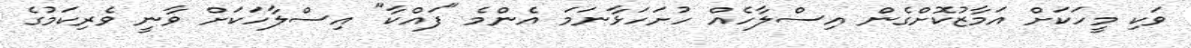
ވަކި މީހަކަށް އަމާޒުކޮށްގެން އިސްލާހެއް ހުށަހަޅާނަމަ އެންމެ "ފައްކާ" އިސްލާހަކަށް ވާނީ ވެރިކަމުގެ